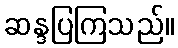
ဆန္ဒပြကြသည်။